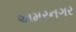
અમરનગર